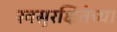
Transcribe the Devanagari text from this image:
स्वसुरक्षितेच्या